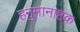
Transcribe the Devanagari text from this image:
हनुमानाष्टक